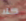
كلا